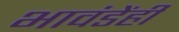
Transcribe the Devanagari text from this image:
भावंडेंही